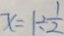
x = 1 \div \frac { 1 } { 2 }